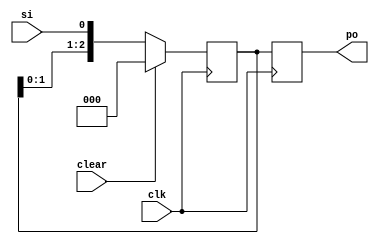
module SISO_3_Bit_Shift_Register(clk, clear, si, po);
  input clk, si, clear;
  output [2:0] po;
  reg [2:0] tmp;
  
  always @(posedge clk)
  begin
    if (clear)
      tmp <= 3'b000;
    else
      tmp <= {tmp[1:0], si};
      
    po = tmp;
  end
endmodule